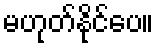
မဟုတ်နိုင်ပေ။